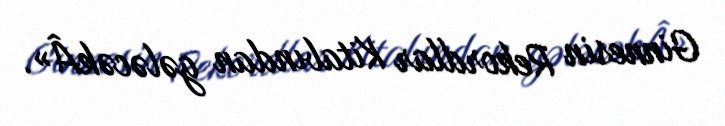
Ginnesin Rekordlar Kitabından gələcəkÂ».